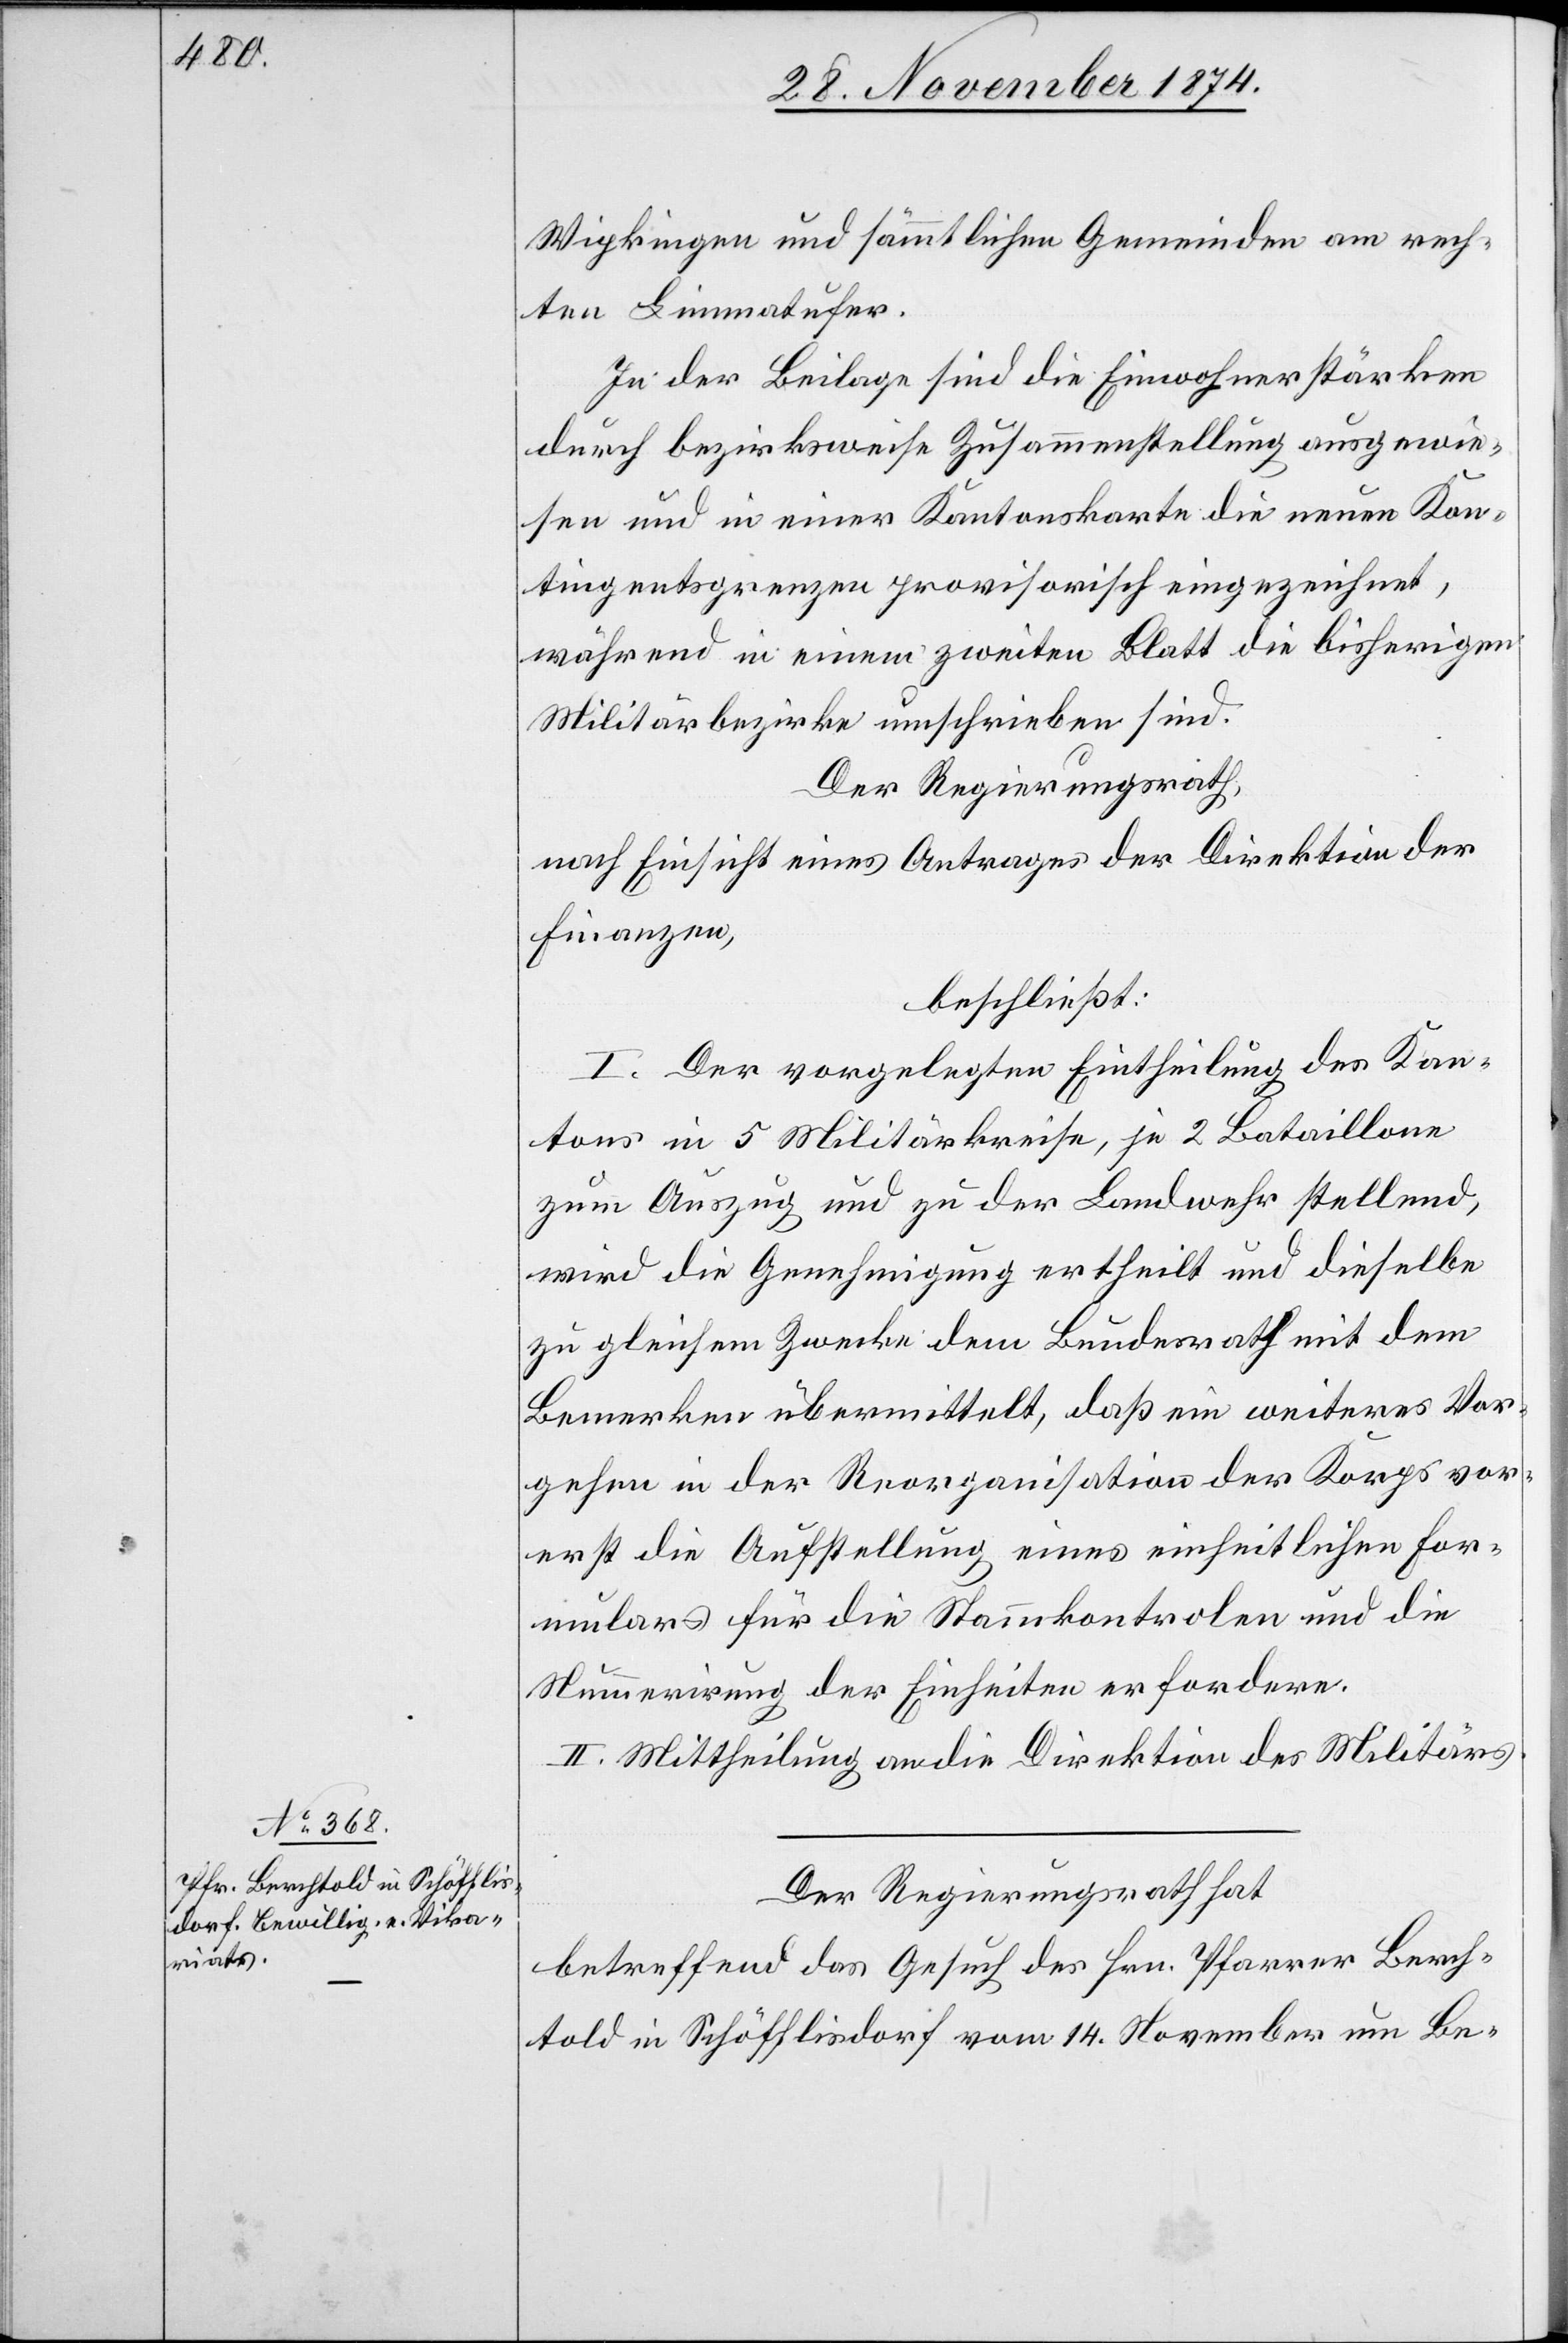
Wipkingen und sämmtlichen Gemeinden am rech¬
ten Limmatufer.
In der Beilage sind die Einwohnerstärken
durch bezirksweise Zusammenstellung ausgewie¬
sen und in einer Kantonskarte die neuen Kon¬
tingentsgrenzen provisorisch eingezeichnet,
während in einem zweiten Blatt die bisherigen
Militärbezirke umschrieben sind.
Der Regierungsrath,
nach Einsicht eines Antrages der Direktion der
Finanzen,
beschließt:
I. Der vorgelegten Eintheilung des Kan¬
tons in 5 Militärkreise, je 2 Bataillone
zum Auszug und zu der Landwehr stellend,
wird die Genehmigung ertheilt und dieselbe
zu gleichem Zwecke dem Bundesrath mit dem
Bemerken übermittelt, daß ein weiteres Vor¬
gehen in der Reorganisation der Korps vor¬
erst die Aufstellung eines einheitlichen For¬
mulars für die Stammkontrolen und die
Nummerirung der Einheiten erfordern.
II. Mittheilung an die Direktion des Militärs.
Der Regierungsrath hat
betreffend das Gesuch des Hrn. Pfarrer Berch¬
told in Schöfflisdorf vom 14. November um Be-